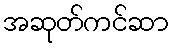
အဆုတ်ကင်ဆာ